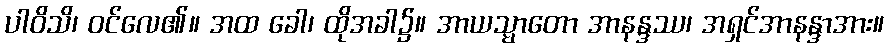
ပါဝိသိ၊ ဝင်လေ၏။ အထ ခေါ၊ ထိုအခါ၌။ အာယသ္မာတော အာနန္ဒဿ၊ အရှင်အာနန္ဒာအား။